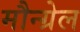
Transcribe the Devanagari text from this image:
मौन्ग्रेल